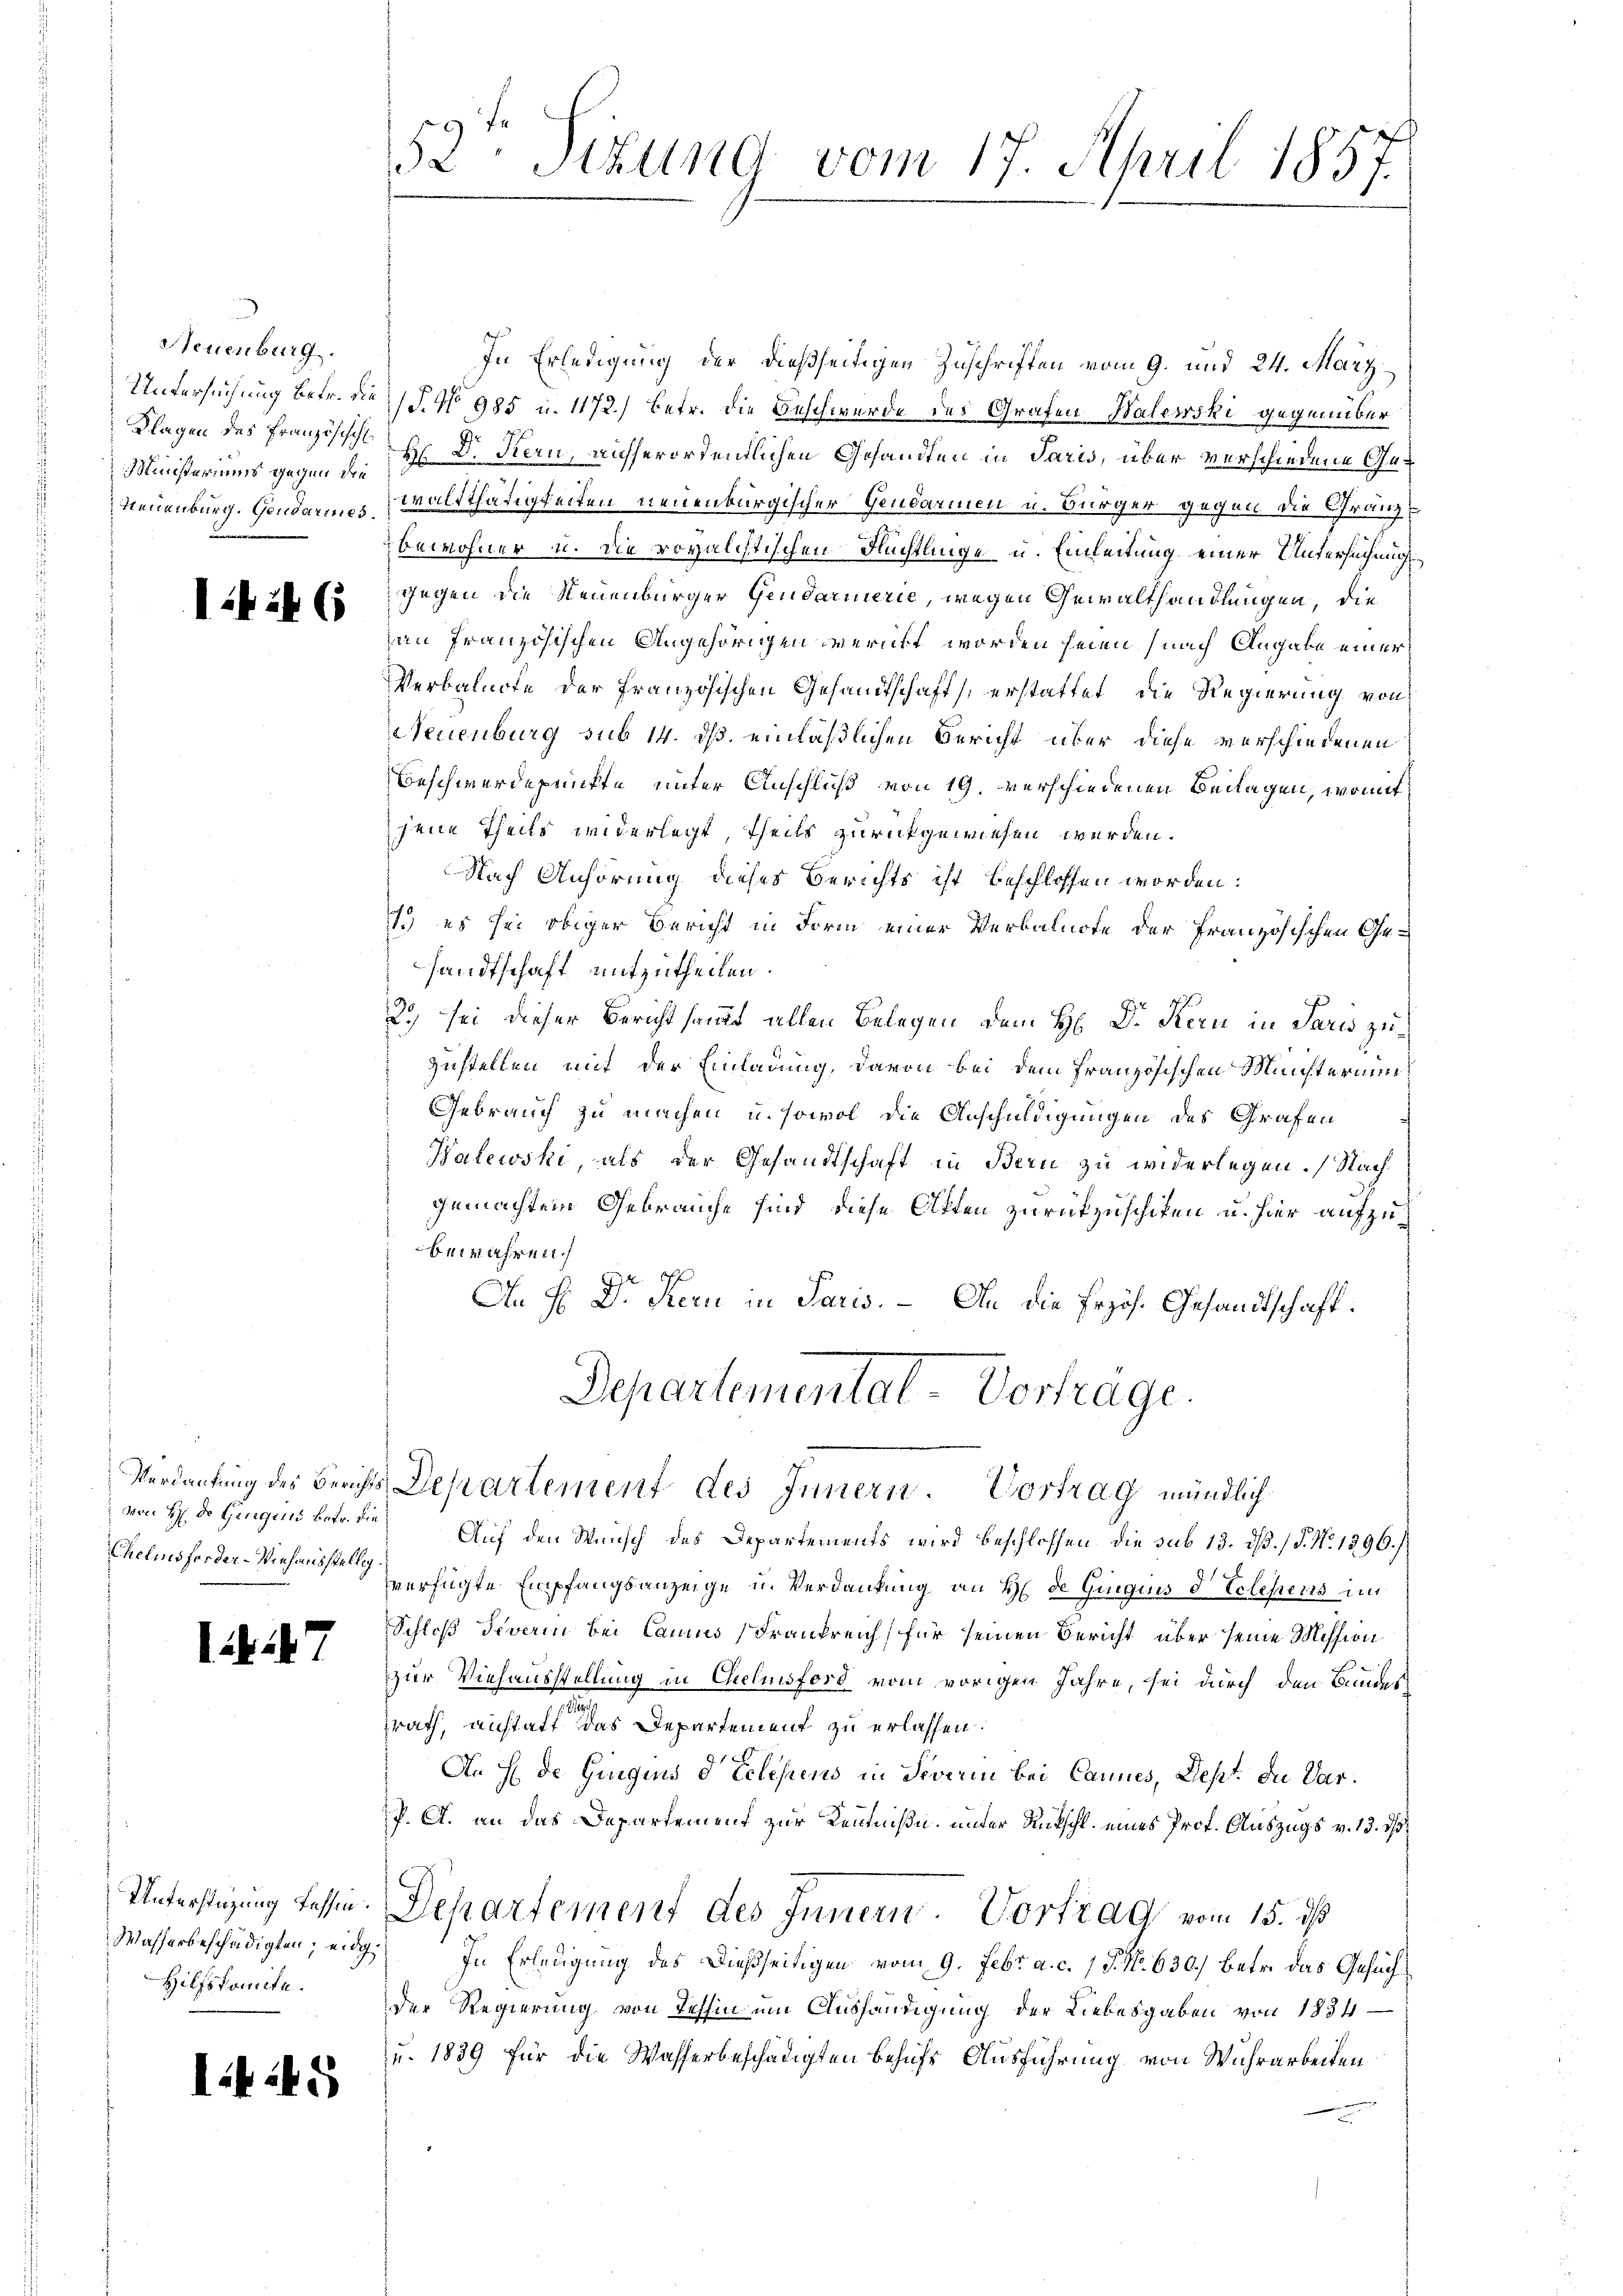
Neuenburg.
Untersuchung betr. die
Klagen des Französisch
Ministeriums gegen die
Neuenburg. Gendarmes.

14

Chelmsforder-Wiehausstellig.

47

Unterstüzung fessin.
Wasserbeschädigten; eidg.
Hilfskomite.

I.445

52 sizung vom 17. April 1857.

In Erledigung der dießseitigen Zuschriften vom 9. und 24. März
(P. No 985 u. 1172.) Betr. die Beschwerde des Grafen Walewski gegenüber
H Dr. Kern, auchserordentlichen Gesandten in Paris, über verschiedene Gewaltthätigkeiten neuenburgischer Gendarmen u. Bürger gegen die Gränz¬
Bewohner u. die rovalchtischen Rechtlinge u. Einleitung einer Untersuchungsgegen die Neuenburger Gendarmerie, wegen Gewalthandlungen, die
an französischen Angehörigen verübt worden seien (nach Angabe einer
Verbalnote der französischen Gesandtschaft erstattet, die Regierung von
Neuenburg sub 14. ds. einläßlichen Bericht über diese verschiedenen
Beschwerdepunkte unter Anschluß von 19. verschiedenen Beilagen, womit
jene Theils widerlegt, theils zurückgewiesen werden.
Nach Anhörung dieses Berichts ist beschlossen worden:
1.) es sei obiger Bericht in Form einer Verbalnote der Französischen Gesandtschaft mitzutheilen.
20, sei dieser Bericht sampt allen Belegen dem H: Dr. Kern in Paris zu¬
Zustellen mit der Einladung, davon bei dem französischen Münsterium
Gebrauch zu machen, u. sowol die Anschuldigungen des Grafen
Halewski, als der Gesandtschaft in Bern zu widerlegen. Nach
gemachten Gebrauche sind, diese Otten zurückzuschiken u. hier aufzubewahren.
An H. Dr. Kern in Paris. – An die Erhöh. Gesandtschaft.
Departemental-Vortrage.
Verdankung des Berichts Departement des Innern. Vortrag mündlich
von H. Dr Gingins betr. die Auf den Wunsch des Departements wird beschlossen, die sub 13. dβ. / 5. No 1396./
verfügte Empfangsanzeige u. Verdankung an H. de Gingins d. Telesens im
Schloß diverin bei Cannes Frankreich, für seinen Bericht über seine Mission
zur Viehausstellung in Chelmsford vom vorigen Jahre, sei durch den Bundes
srath, anstatt das Departement zu erlassen.
An E de Gingins d Eclesiens in Severin bei Cannes, Sept. die Ver¬
P. A. an das Departement zur Kenntniße, unter Rutschl. eines Prof. Auszugs v. 13. ds.
Departement des Innern. Vortrag vom 15. ds
In Erledigung des dießseitigen vom 9. Febr. a. c. 1 S. No. 630.) betr. das Gesuch¬
Der Regierung von Tessin um Aushändigung der Liebesgaben von 1834
u. 1839 für die Wasserbeschädigten behufs Ausführung von Wuhrarbeiten